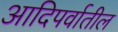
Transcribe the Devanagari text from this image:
आदिपर्वातील